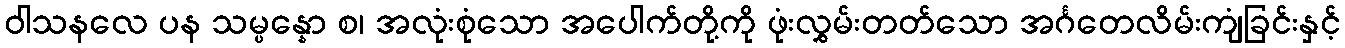
ဝါသနလေ ပန သမ္ပန္နော စ၊ အလုံးစုံသော အပေါက်တို့ကို ဖုံးလွှမ်းတတ်သော အင်္ဂတေလိမ်းကျံခြင်းနှင့်